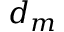
d _ { m }